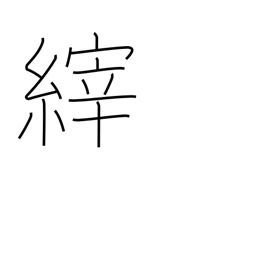
Meaning: breath